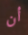
أن